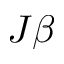
J \beta